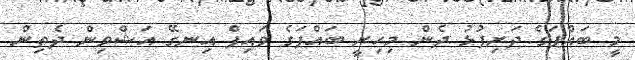
މީ ބައްޕަގެ ދަރިފުޅު ދެން މިހިރީ ބައްޕަގެ ވައިފް އިނގޭ އަޝްވިން ދެތިން